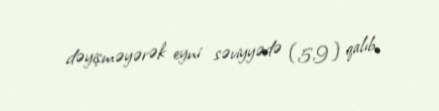
dəyişməyərək eyni səviyyədə (5,9) qalıb.